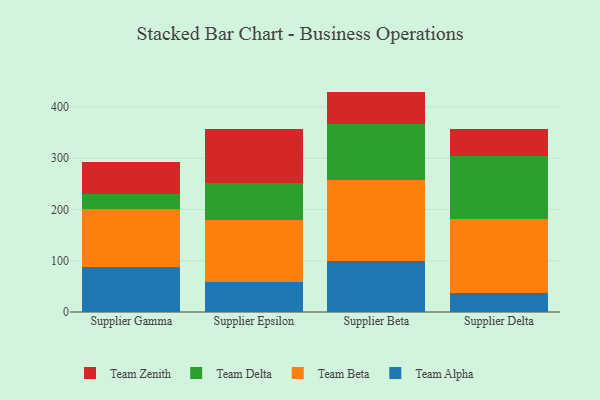
{"axis": {"x": "Supplier", "y": "Satisfaction Score"}, "legend": ["Team Alpha", "Team Beta", "Team Delta", "Team Zenith"], "data": [{"x": "Supplier Gamma", "y": 88.3, "type": "Team Alpha"}, {"x": "Supplier Gamma", "y": 113.1, "type": "Team Beta"}, {"x": "Supplier Gamma", "y": 27.9, "type": "Team Delta"}, {"x": "Supplier Gamma", "y": 64.2, "type": "Team Zenith"}, {"x": "Supplier Epsilon", "y": 58.6, "type": "Team Alpha"}, {"x": "Supplier Epsilon", "y": 120.6, "type": "Team Beta"}, {"x": "Supplier Epsilon", "y": 71.6, "type": "Team Delta"}, {"x": "Supplier Epsilon", "y": 105.6, "type": "Team Zenith"}, {"x": "Supplier Beta", "y": 99.1, "type": "Team Alpha"}, {"x": "Supplier Beta", "y": 159.2, "type": "Team Beta"}, {"x": "Supplier Beta", "y": 109.2, "type": "Team Delta"}, {"x": "Supplier Beta", "y": 62.5, "type": "Team Zenith"}, {"x": "Supplier Delta", "y": 37.2, "type": "Team Alpha"}, {"x": "Supplier Delta", "y": 143.7, "type": "Team Beta"}, {"x": "Supplier Delta", "y": 124.4, "type": "Team Delta"}, {"x": "Supplier Delta", "y": 52.1, "type": "Team Zenith"}]}